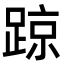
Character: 𨂙